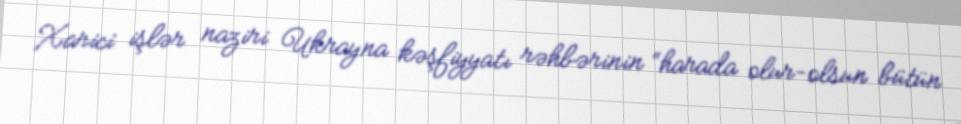
Xarici işlər naziri Ukrayna kəşfiyyatı rəhbərinin “harada olur-olsun bütün